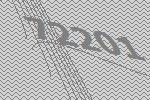
72201